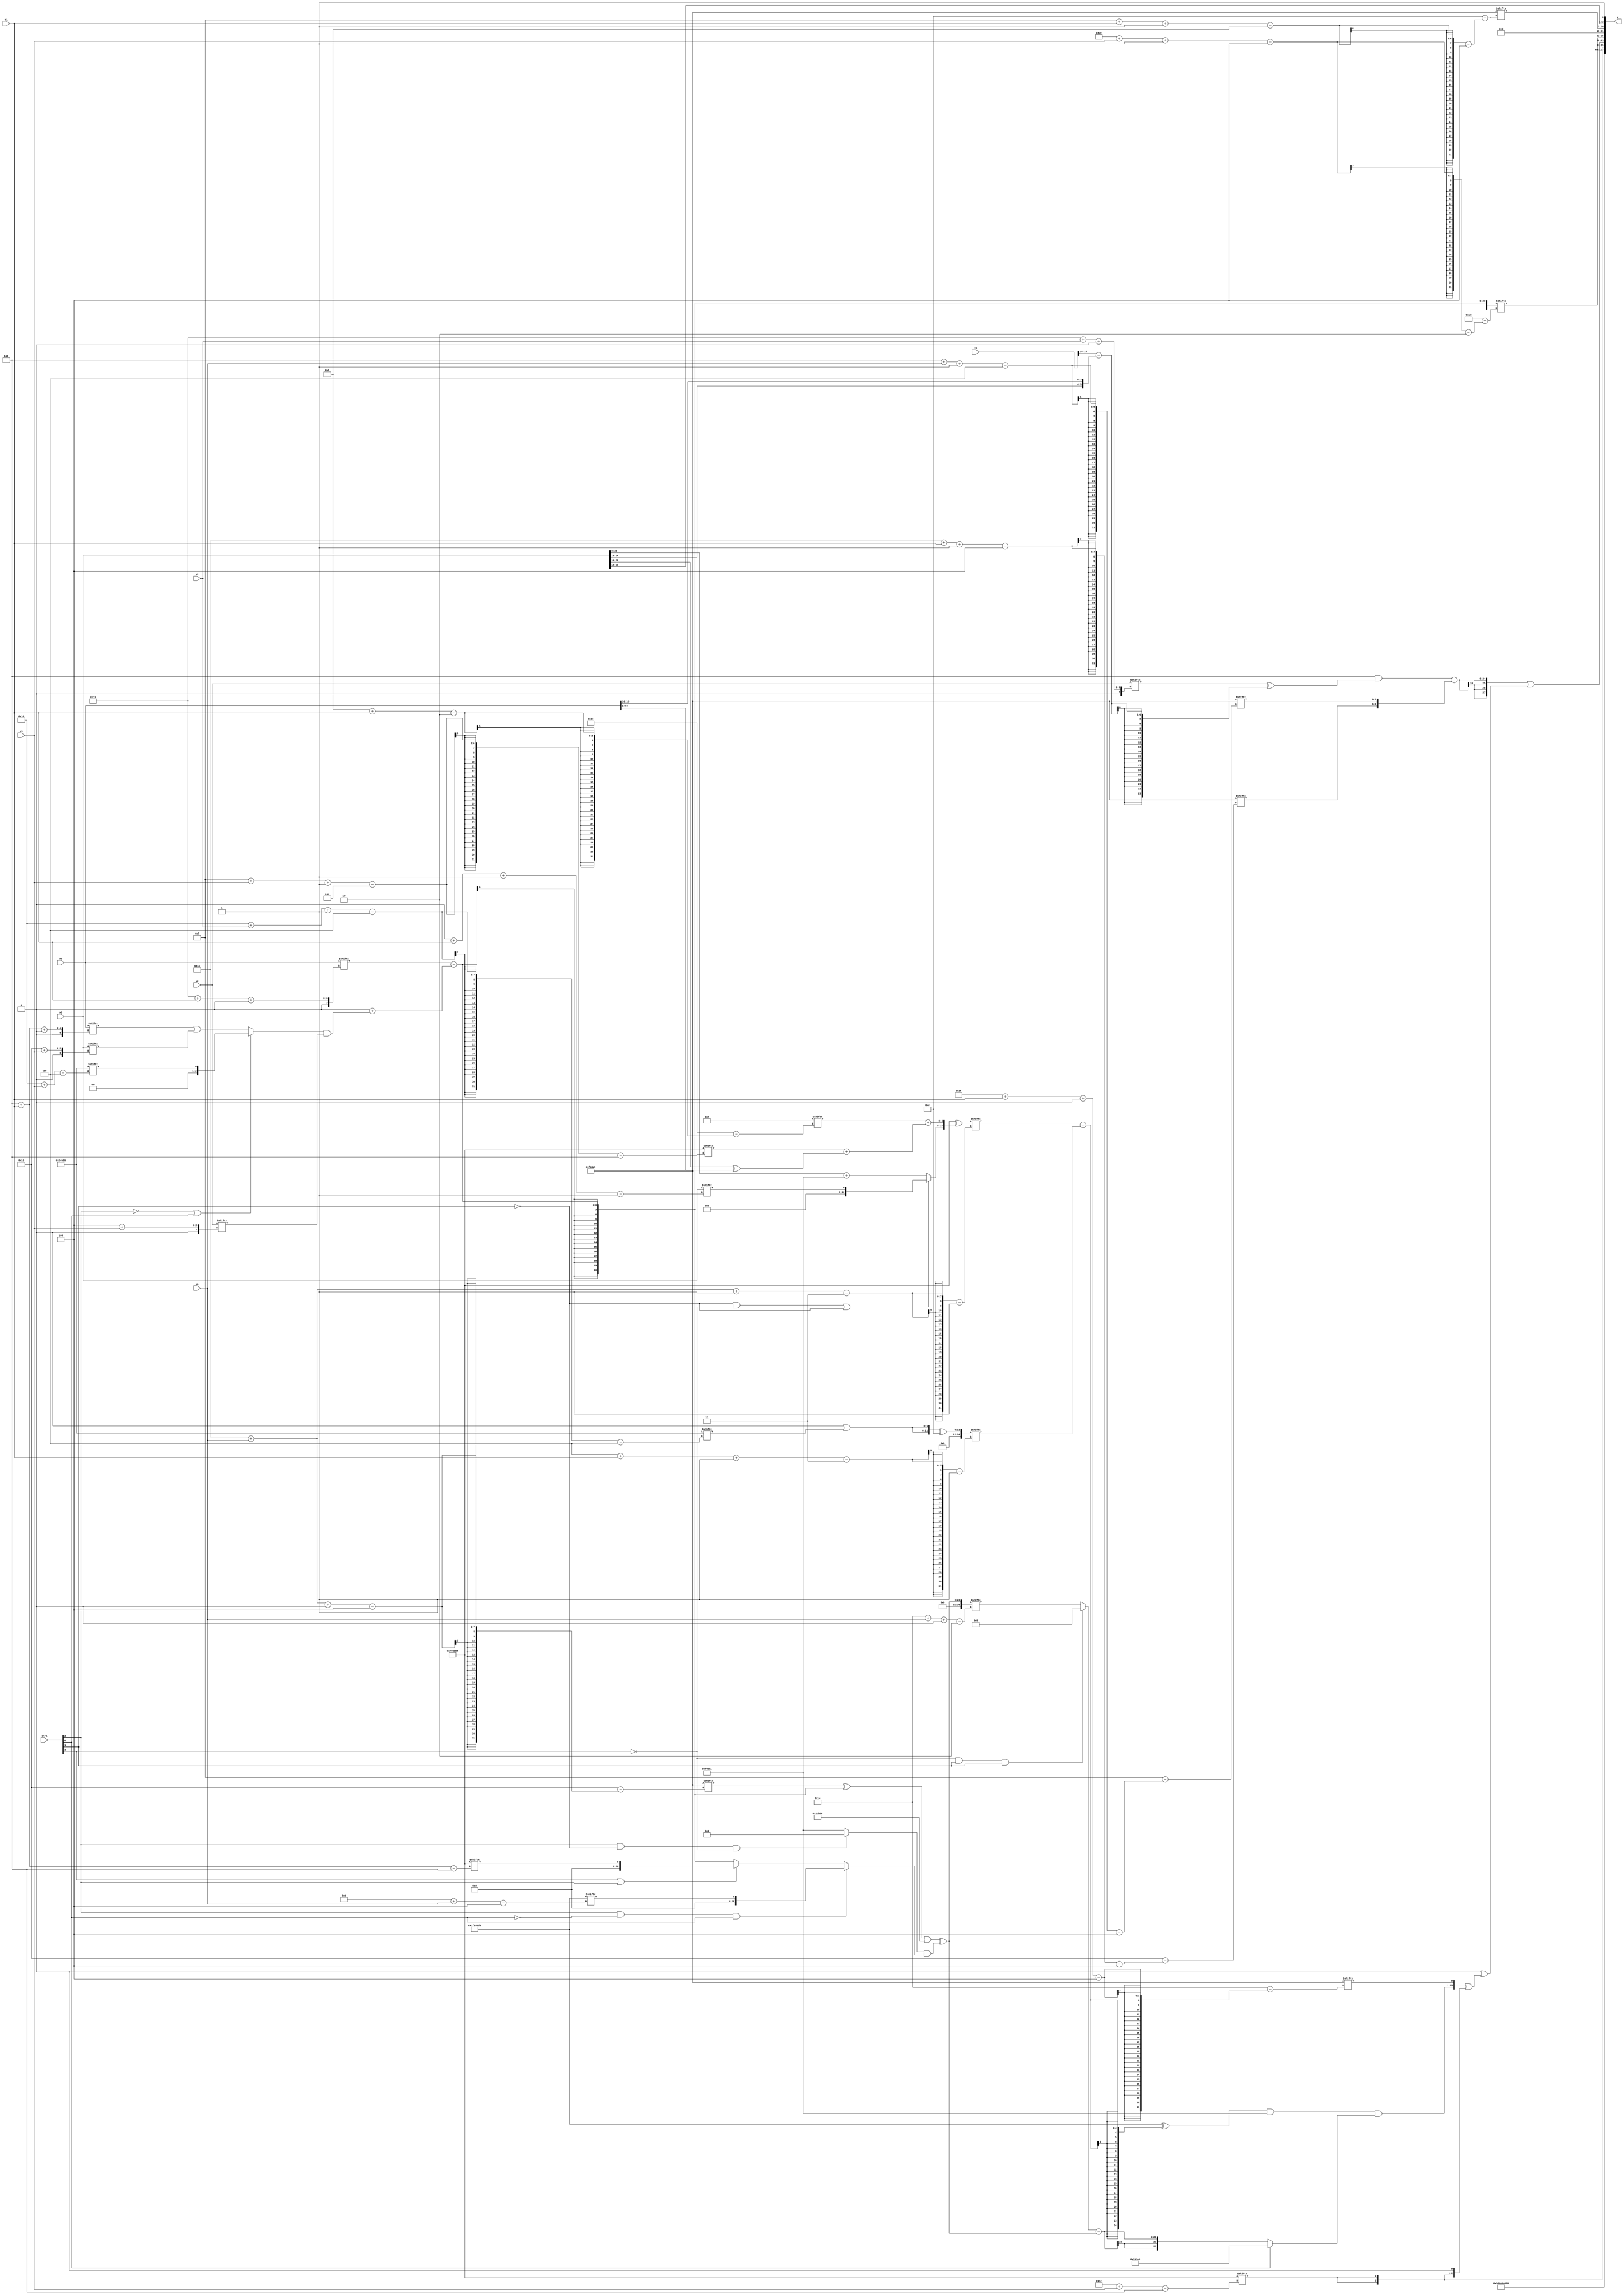
module partsel_00991(ctrl, s0, s1, s2, s3, x0, x1, x2, x3, y);
  input [3:0] ctrl;
  input [2:0] s0;
  input [2:0] s1;
  input [2:0] s2;
  input [2:0] s3;
  input [31:0] x0;
  input signed [31:0] x1;
  input [31:0] x2;
  input [31:0] x3;
  wire signed [30:7] x4;
  wire signed [24:4] x5;
  wire signed [5:30] x6;
  wire signed [29:2] x7;
  wire signed [28:2] x8;
  wire signed [28:2] x9;
  wire [2:30] x10;
  wire [28:1] x11;
  wire signed [2:28] x12;
  wire [25:1] x13;
  wire signed [24:1] x14;
  wire signed [2:29] x15;
  output [127:0] y;
  wire signed [31:0] y0;
  wire [31:0] y1;
  wire signed [31:0] y2;
  wire [31:0] y3;
  assign y = {y0,y1,y2,y3};
  localparam signed [4:24] p0 = 749683617;
  localparam [28:4] p1 = 234051795;
  localparam signed [30:7] p2 = 335112863;
  localparam [27:6] p3 = 121817942;
  assign x4 = (x2[25 + s2 +: 7] ^ (x1[14 +: 2] - {x3[13 +: 2], x0[16 +: 4]}));
  assign x5 = (x0[25 + s1 +: 6] - (p1[12 +: 2] + ((!ctrl[2] && !ctrl[2] || ctrl[0] ? {p3[19 -: 1], p3[16 + s3]} : (x0[7 + s1 +: 3] | x3[17 + s3])) & x2[4 + s3])));
  assign x6 = p3[9 + s2 +: 2];
  assign x7 = {2{p2[18 + s3]}};
  assign x8 = x3;
  assign x9 = (((p0[26 + s0 +: 4] ^ x5) | p3) ^ ((ctrl[2] && !ctrl[1] && !ctrl[3] ? (p3[11] + p0[15 +: 1]) : p0) & (ctrl[2] && !ctrl[0] && ctrl[0] ? p1[11 + s0] : (ctrl[3] || ctrl[3] || ctrl[2] ? p2[7 + s1] : x5))));
  assign x10 = p0[15 +: 3];
  assign x11 = (p2 ^ (ctrl[2] && !ctrl[2] && ctrl[2] ? x0[18 + s0 -: 3] : {(!ctrl[1] && !ctrl[3] || !ctrl[1] ? x3[0 + s1 -: 1] : {p2[13 + s2 +: 1], (x3 + p0)}), (x10[8 + s1] + (p2[15 + s3 -: 5] + (x3[20 -: 2] ^ x0[12 -: 4])))}));
  assign x12 = x1[19 +: 1];
  assign x13 = ({2{(p2[19 -: 1] | p3[16 + s2 -: 6])}} ^ p1[18 +: 4]);
  assign x14 = {{2{p0[12]}}, (ctrl[0] || ctrl[0] || ctrl[0] ? p0 : {(x9 + x4), ((!ctrl[3] && ctrl[1] && ctrl[1] ? p1[12] : x9[20 + s0 +: 5]) - x9)})};
  assign x15 = x5;
  assign y0 = {p2[20 -: 4], p3[9]};
  assign y1 = x7;
  assign y2 = {({2{((x10 & x4) - {p0[26 + s1 -: 4], p0[7 + s0 -: 6]})}} | (p3[11] ^ ({(((p1 ^ (x11[26 + s0 -: 3] - x13[6 + s1 -: 3])) & p0) & x14), p0[22 + s1 +: 1]} | {x7, p0[12]}))), x15[30 + s3 -: 4]};
  assign y3 = {p0[15 + s1 -: 8], {x3[13 -: 2], p1[18]}};
endmodule